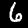
Digit: 6